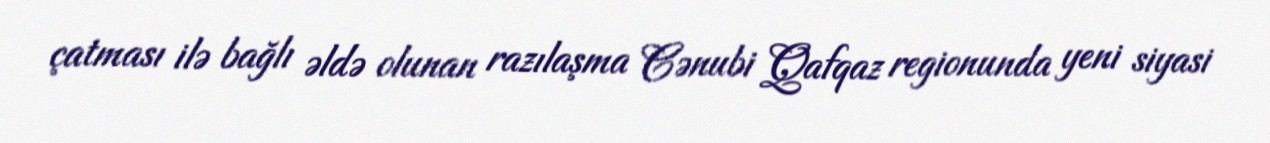
çatması ilə bağlı əldə olunan razılaşma Cənubi Qafqaz regionunda yeni siyasi